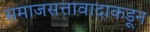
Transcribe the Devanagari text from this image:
समाजसत्तावादाकडून